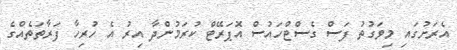
އެރަށުގައި މިވަގުތު ފަސް ގެސްޓްހައުސް އޮޕަރޭޓް ކުރަމުންދާ އިރު އެ ހުރިހާ ފަރާތަތެއްގެ